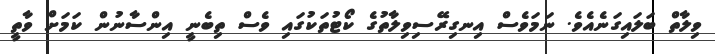
ވިލާތް ބަލައިގަނެއެވެ. ނަމަވެސް އިނގިރޭސިވިލާތުގެ ކޯޓުތަކުގައި ވެސް ތިބެނީ އިންސާނުން ކަމަށް ވާތީ